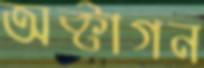
অক্টাগন